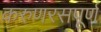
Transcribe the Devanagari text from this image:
करुणरसपूर्ण